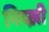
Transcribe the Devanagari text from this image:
निव्ख़ी